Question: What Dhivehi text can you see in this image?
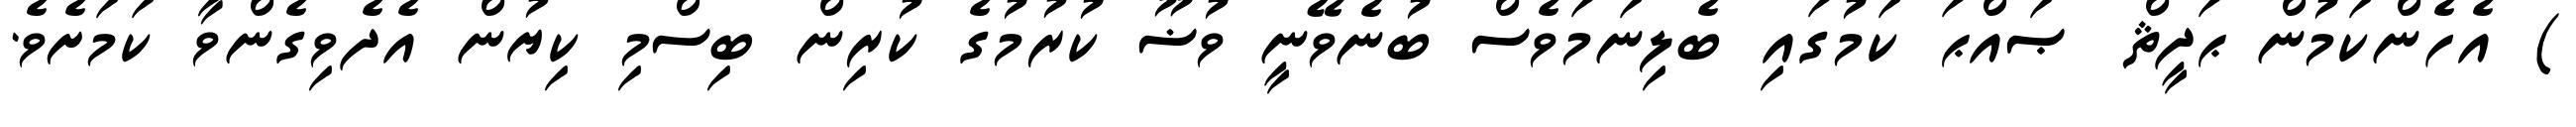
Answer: ) އެހެންކަމުން ޙަދީޘް ޞައްޙަ ކަމުގައި ބެލިނަމަވެސް ބުނެވޭނީ ވުޟޫ ކުރުމުގެ ކުރިން ބިސްމި ކިޔުން އެދެވިގެންވާ ކަމަށެވެ.